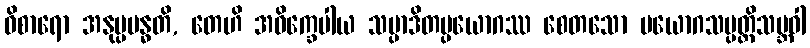
ဝိစာရော အနုပ္ပဗန္ဓတိ, တေဟိ အဝိက္ခေပါယ သမ္ပာဒိတပ္ပယောဂဿ စေတသော ပယောဂသမ္ပတ္တိသမ္ဘဝါ